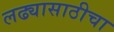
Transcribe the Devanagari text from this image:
लढ्यासाठीचा